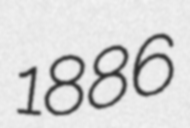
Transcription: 1886